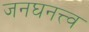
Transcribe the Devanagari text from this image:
जनघनत्त्व